Civil Veterinary Dept. Assam report 1927-50 - 1927-1950
Year: 1927
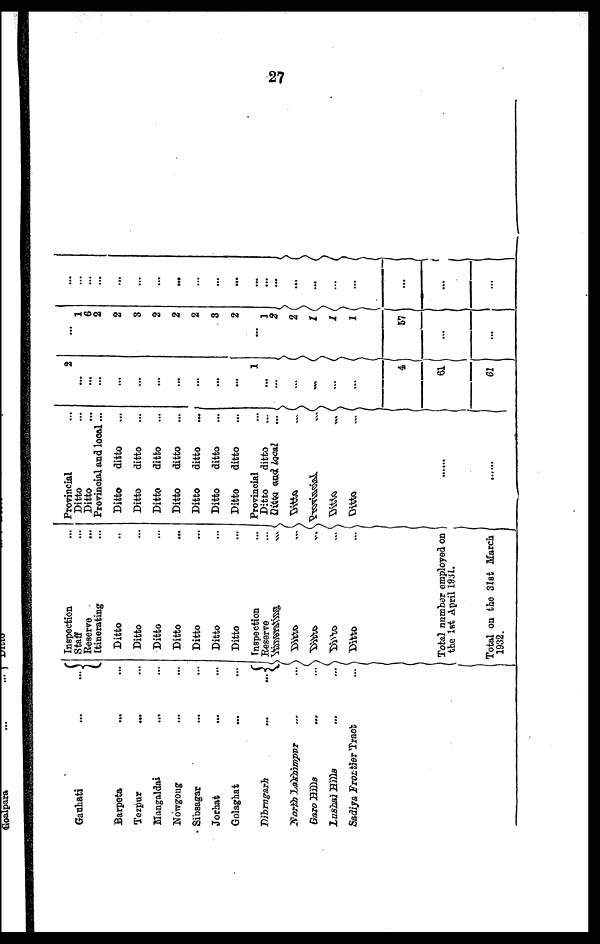
27
Gauhati
...
...
Barpeta ... ...
Tezpur
...
....
Mangaldai ... ...
Nowgong ... ...
Sibsagar ... ...
Jorhat ... ...
Golaghat ... ...
Dibrugarh
...
...
V
North Lakhimpur ... ...
Garo Bills
...
...
Lushai Bills
...
...
Sadiya Frostier Track ...
Inspection …
Staff …
Reserve …
Itinerating ...
Ditto …
Ditto …
Ditto …
Ditto …
Ditto …
Ditto …
Ditto …
Inspection ...
Reserve ...
Itinerating ...
Ditto ...
Ditto ...
Ditto ...
Ditto
...
Total number employed on
the 1st April 1931.
Total on the 31si March
1932.
Provincial …
Ditto …
Ditto …
Provincial and local...
Ditto
ditto ...
Ditto
ditto …
Ditto
ditto ...
Ditto
ditto …
Ditto
ditto …
Ditto
ditto …
Ditto
ditto …
Provincial …
Ditto
ditto …
Ditto and local ...
Ditto ...
Provincial ...
Ditto ...
Ditto ...
......
.......
2
...
...
...
...
...
...
...
...
...
...
1
...
…
…
…
…
…
4
61
61
…
1
6
2
2
3
2
2
2
3
2
...
1
2
2
1
1
1
57
...
…
...
…
…
…
...
...
...
...
...
…
...
...
...
...
…
...
...
…
...
....
...
…
…